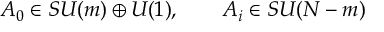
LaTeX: A _ { 0 } \in S U ( m ) \oplus U ( 1 ) , \qquad A _ { i } \in S U ( N - m )